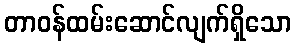
တာဝန်ထမ်းဆောင်လျက်ရှိသော